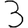
Digit: 3